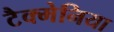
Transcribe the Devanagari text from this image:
टैक्मेनिया